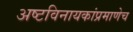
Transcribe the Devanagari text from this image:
अष्टविनायकांप्रमाणेच